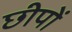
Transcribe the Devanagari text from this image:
छीपों